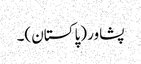
پشاو‏ر (پاکستان)۔